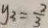
y _ { 3 } = \frac { 2 } { 3 }